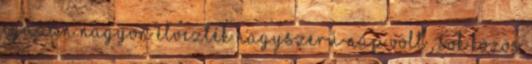
igazán nagyon élvezték Nagyszerű nap volt , sok közös